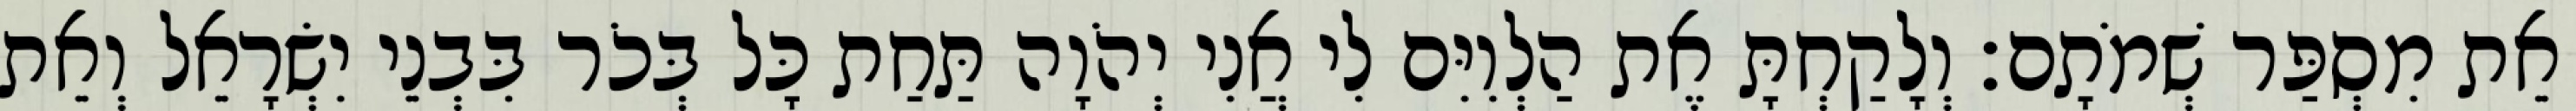
אֵת מִסְפַּר שְׁמֹתָם׃ וְלָקַחְתָּ אֶת הַלְוִיִּם לִי אֲנִי יְהֹוָה תַּחַת כָּל בְּכֹר בִּבְנֵי יִשְׂרָאֵל וְאֵת